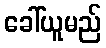
ခေါ်ယူမည်